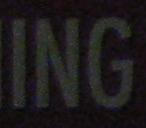
ing